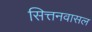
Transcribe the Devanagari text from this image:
सित्तनवासल